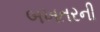
બખતરની